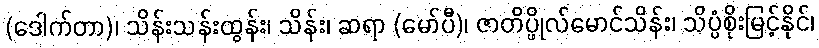
(ဒေါက်တာ)၊ သိန်းသန်းထွန်း၊ သိန်း၊ ဆရာ (မော်ပီ)၊ ဇာတိပ္ဖိုလ်မောင်သိန်း၊ သိပ္ပံစိုးမြင့်နိုင်၊